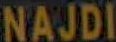
NAJDI